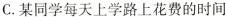
C.某同学每天上学路上花费的时间